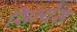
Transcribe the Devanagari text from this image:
सिन्थेस